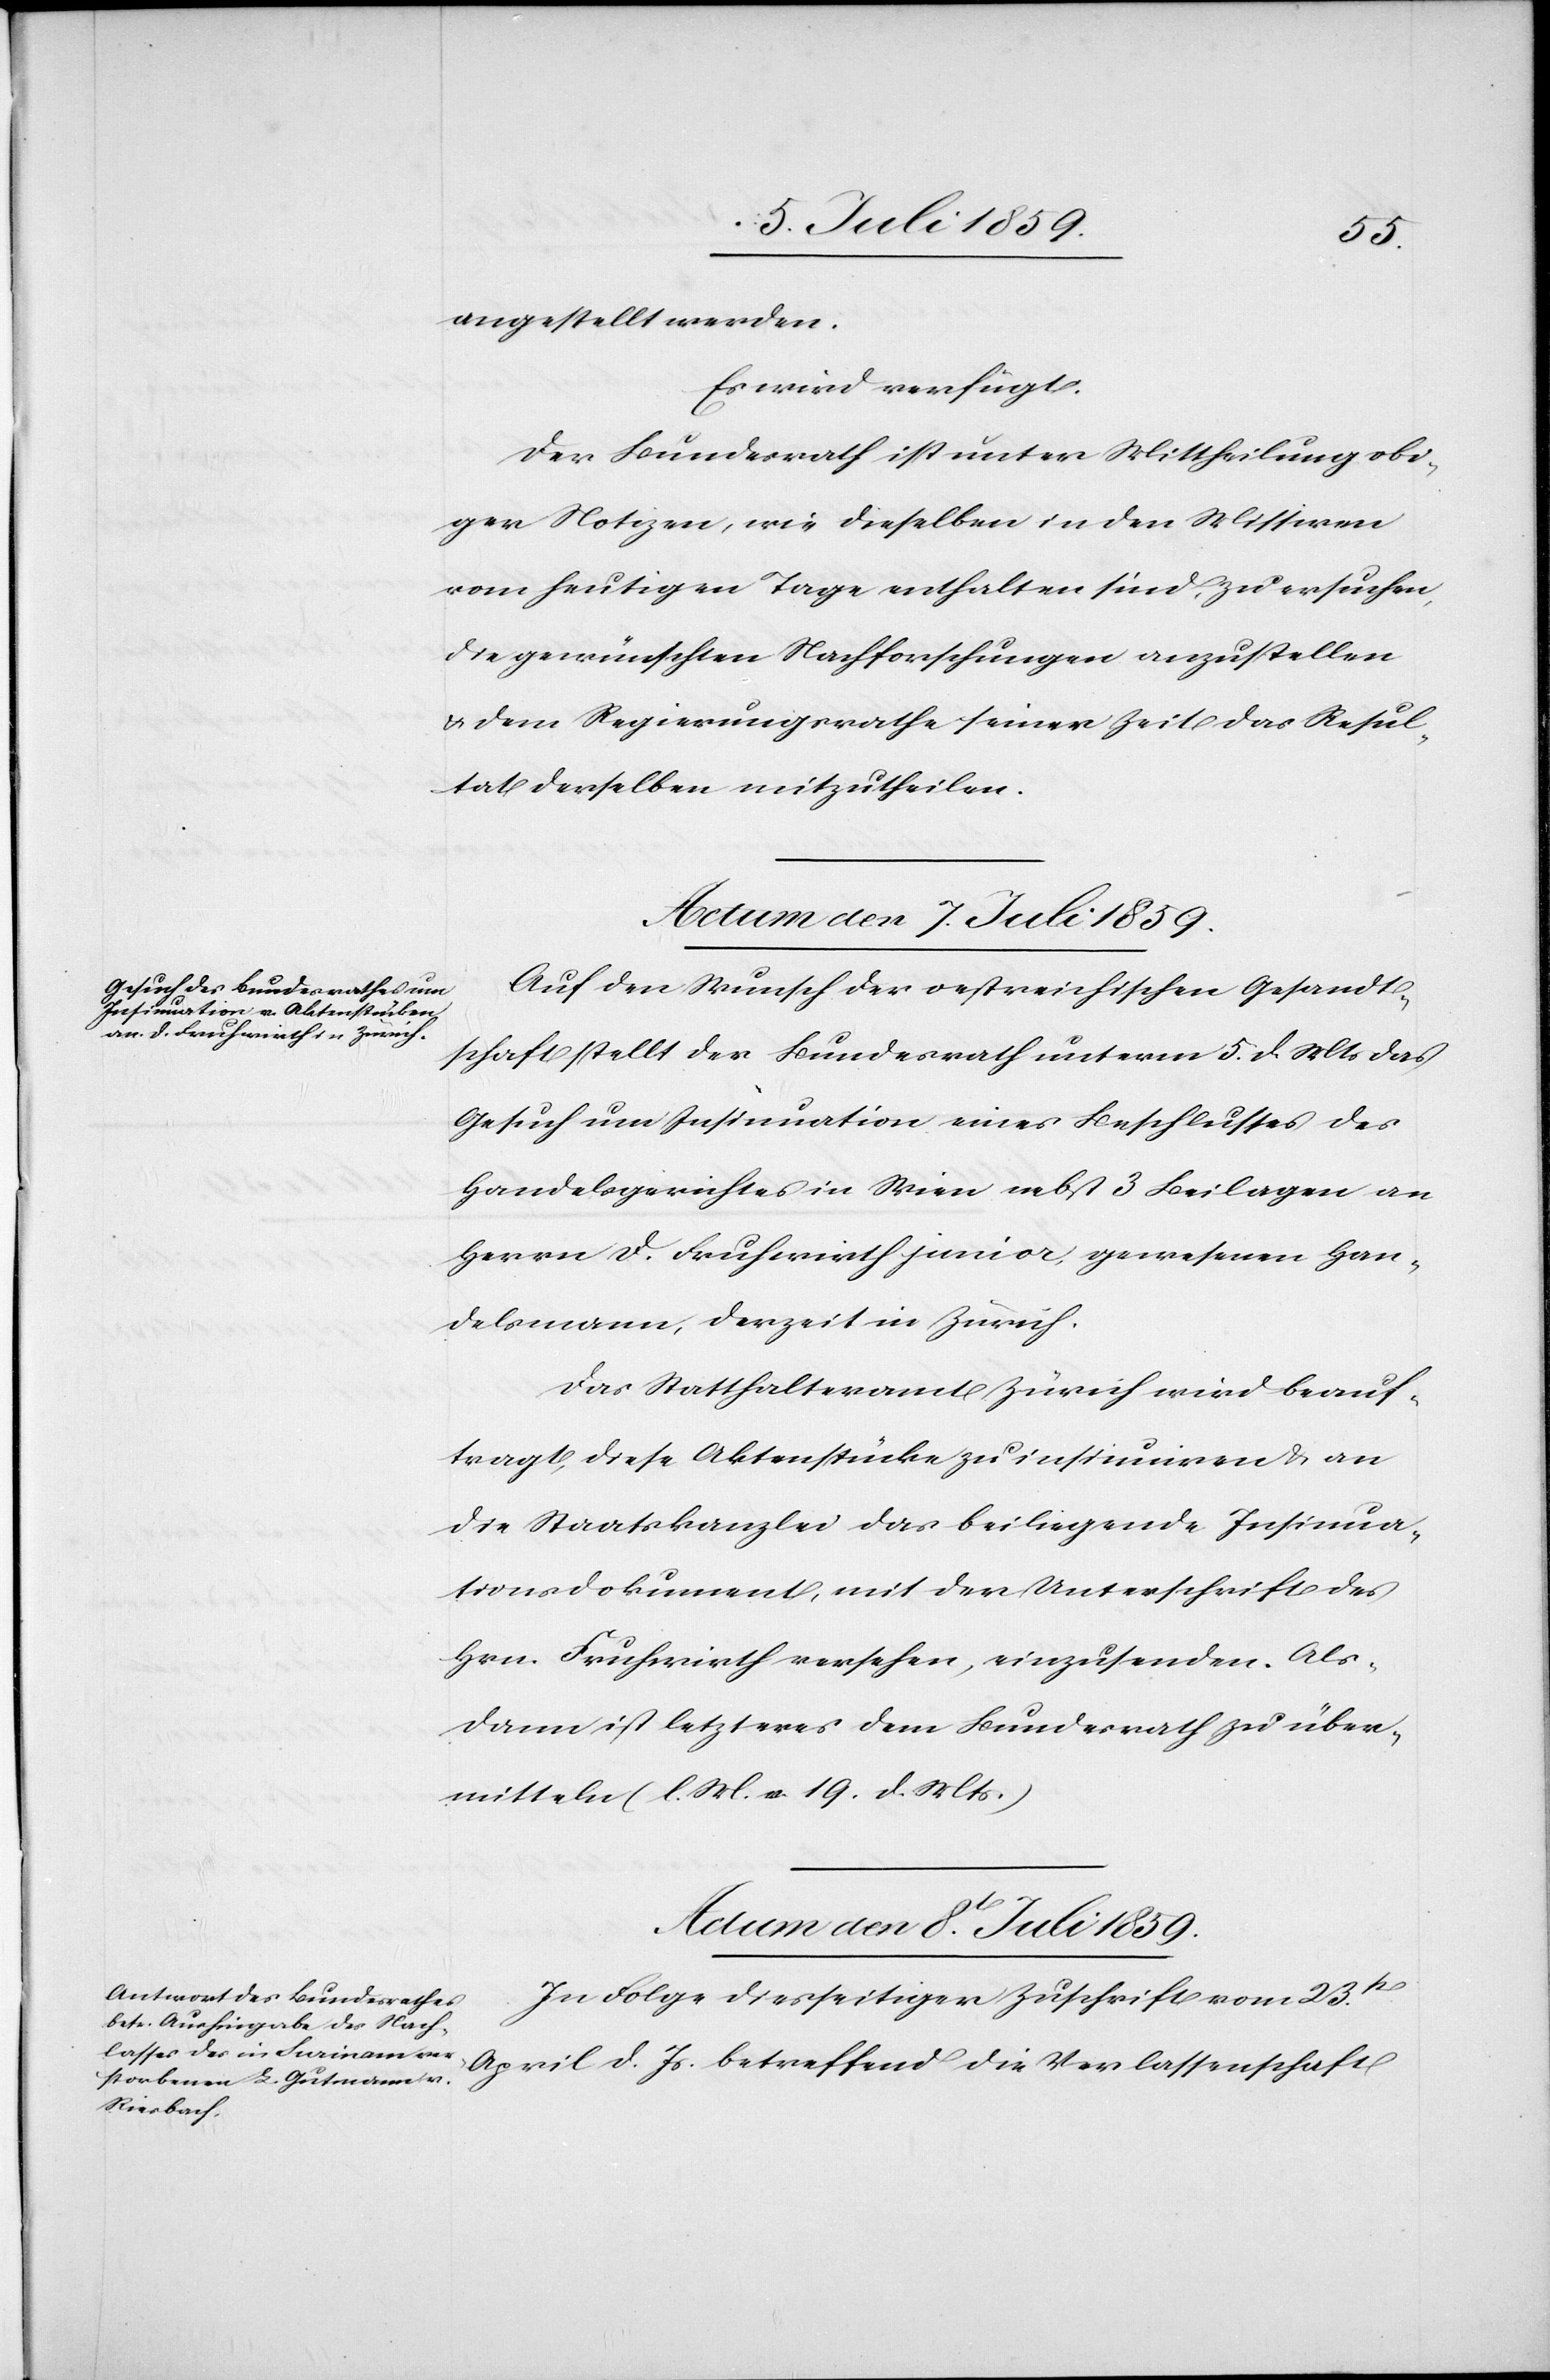
angestellt werden.
Es wird verfügt.
Der Bundesrath ist unter Mittheilung obi¬
ger Notizen, wie dieselben in den Missiven
vom heutigen Tage enthalten sind, zu ersuchen,
die gewünschten Nachforschungen anzustellen
u. dem Regierungsrathe seiner Zeit das Resul¬
tat derselben mitzutheilen.
Actum den 7. Juli 1859.
Auf den Wunsch der oestreichischen Gesandt¬
schaft stellt der Bundesrath unterm 5. d. Mts. das
Gesuch um Insinuation eines Beschlusses des
Handelsgerichtes in Wien nebst 3 Beilagen an
Herrn D. Fruhwirth junior, gewesenen Han¬
delsmann, derzeit in Zürich.
Das Statthalteramt Zürich wird beauf¬
tragt, diese Aktenstücke zu insinuiren u. an
die Staatskanzlei das beiligende Insinua¬
tionsdokument, mit der Unterschrift des
Hrn. Fruhwirth versehen, einzusenden. Als¬
dann ist letzteres dem Bundesrath zu über¬
mitteln (l. M. v. 19. d. Mts.)
Actum den 8. Juli 1859.
In Folge diesseitiger Zuschrift vom 23t[en].
April d. Js. betreffend die Verlassenschaft